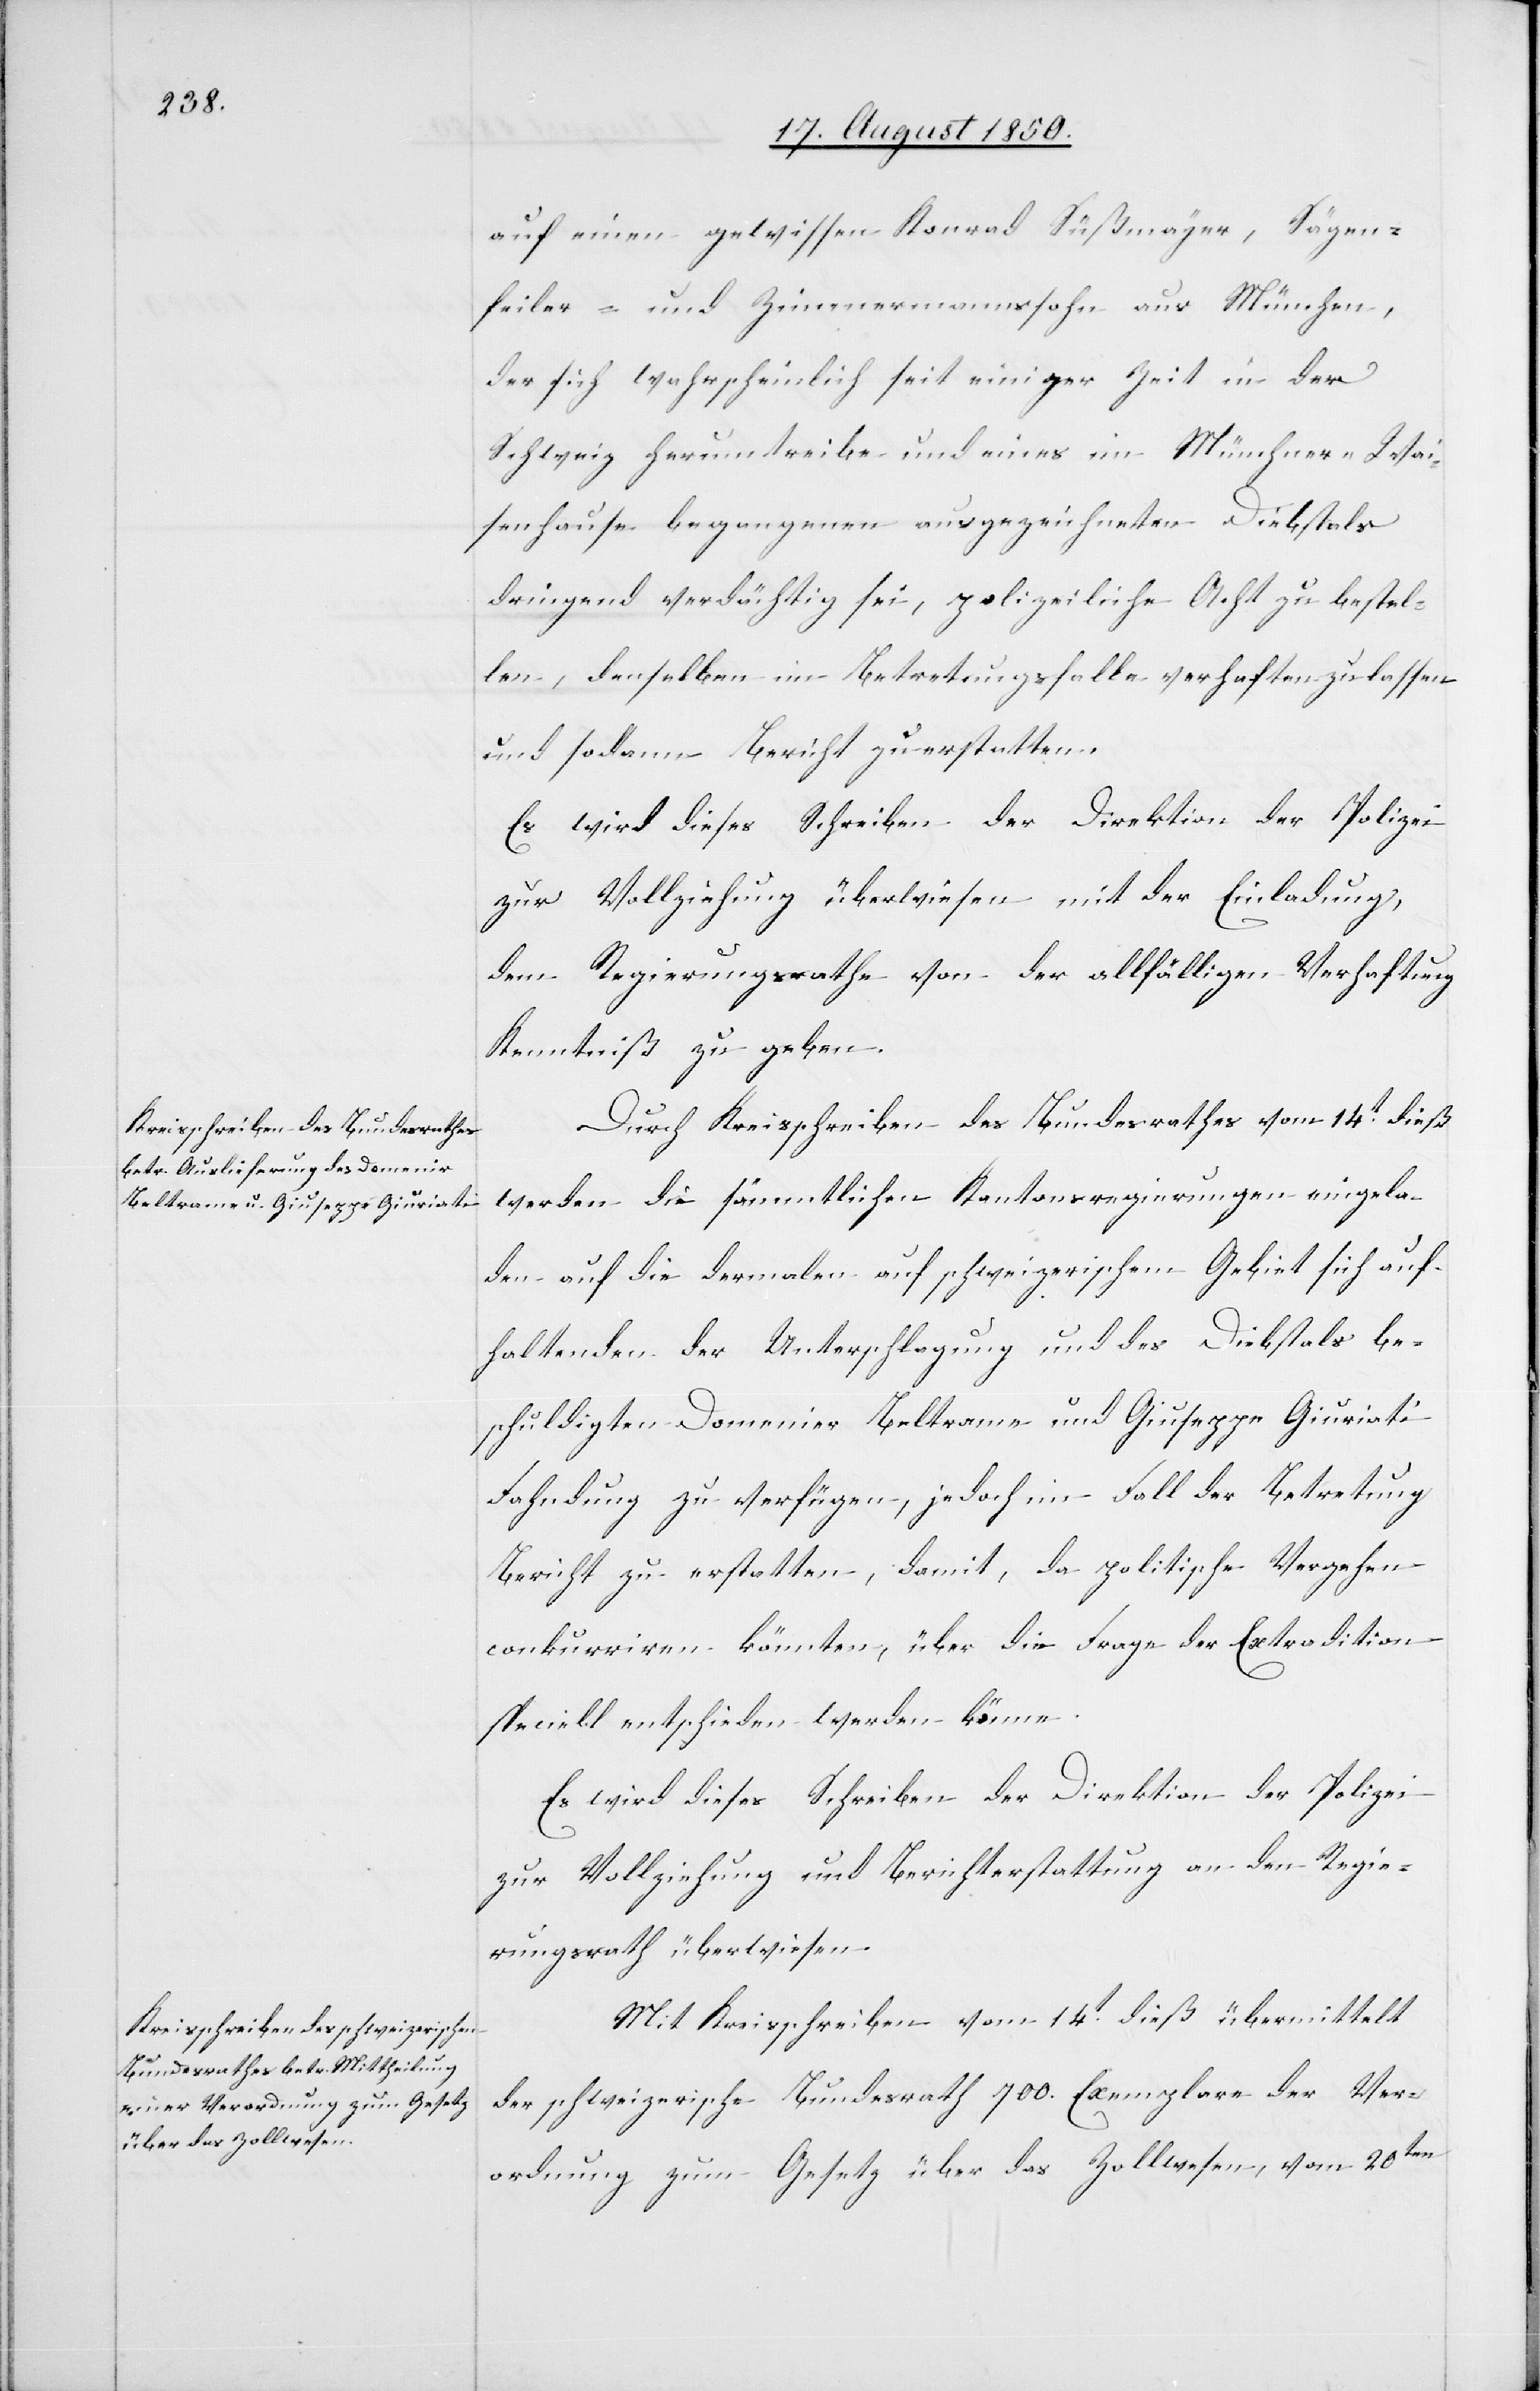
auf einen gewissen Konrad Süßmayer, Sägen¬
feiler- und Zimmermannssohn aus München,
der sich wahrscheinlich seit einiger Zeit in der
Schweiz herumtreibe und eines im Münchner-Wai¬
senhause begangenen ausgezeichneten Diebstals
dringend verdächtig sei, polizeiliche Acht zu bestel¬
len, denselben im Betretungsfalle verhaften zu lassen
und sodann Bericht zu erstatten.
Es wird dieses Schreiben der Direktion der Polizei
zur Vollziehung überwiesen mit der Einladung,
dem Regierungsrathe von der allfälligen Verhaftung
Kenntniß zu geben.
Durch Kreisschreiben des Bundesrathes vom 14t dieß
werden die sämmtlichen Kantonsregierungen eingela¬
den auf die dermalen auf schweizerischem Gebiet sich auf¬
haltenden der Unterschlagung und des Diebstals be¬
schuldigten Domenier [sic!] Beltrame und Giuseppe Giuriati
Fahndung zu verfügen, jedoch im Fall der Betretung
Bericht zu erstatten, damit, da politische Vergehen
conkurriren könnten, über die Frage der Extradition
speciell entschieden werden könne.
Es wird dieses Schreiben der Direktion der Polizei
zur Vollziehung und Berichterstattung an den Regie¬
rungsrath überwiesen.
Mit Kreisschreiben vom 14t dieß übermittelt
der schweizerische Bundesrath 700. Exemplare der Ver¬
ordnung zum Gesetz über das Zollwesen, vom 20ten